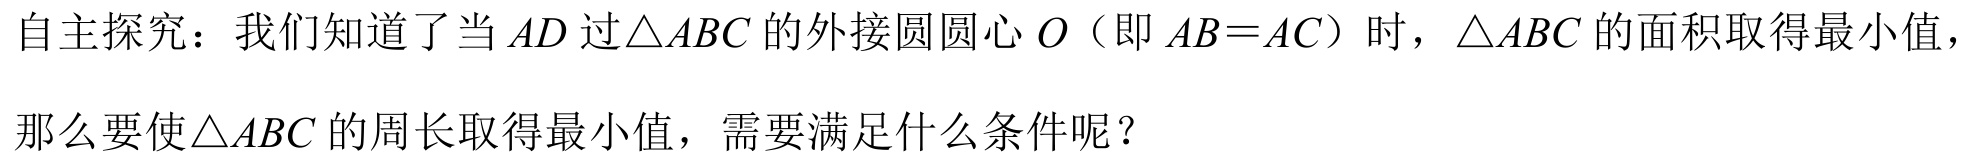
自主探究：我们知道了当 \(AD\) 过\(\triangle ABC\) 的外接圆圆心 \(O\)（即 \(AB = AC\)）时，\(\triangle ABC\) 的面积取得最小值，
那么要使\(\triangle ABC\) 的周长取得最小值，需要满足什么条件呢？